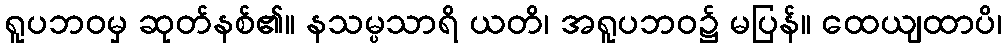
ရူပဘဝမှ ဆုတ်နစ်၏။ နသမ္ပသာရိ ယတိ၊ အရူပဘဝ၌ မပြန်။ ထေယျထာပိ၊